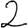
Digit: 2